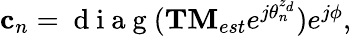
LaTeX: \begin{array}{r}{{\mathbf c}_{n}=\mathrm{~d~i~a~g~}({\mathbf{TM}}_{est}e^{j{\theta}_{n}^{z_{d}}})e^{j\phi},}\end{array}